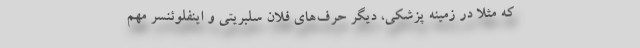
که مثلا در زمینه پزشکی، دیگر حرف‌های فلان سلبریتی و اینفلوئنسر مهم